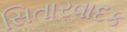
સિતારવાદક